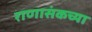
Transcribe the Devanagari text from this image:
राणासंकच्या